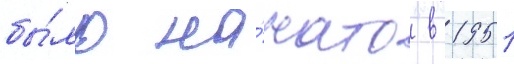
бы́ло на́чато в 1951